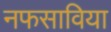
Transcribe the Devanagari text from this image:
नफसाविया